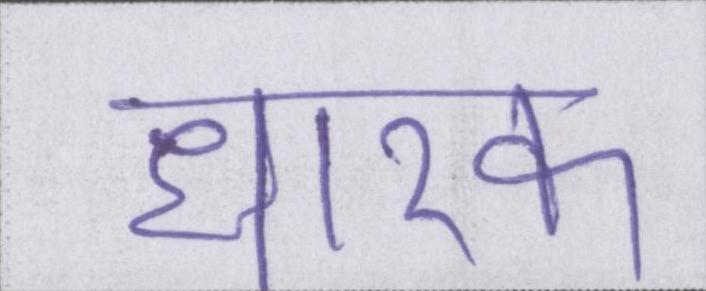
धारक